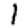
Digit: 1